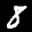
Label: 8